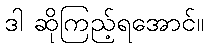
ဒါ ဆိုကြည့်ရအောင်။